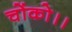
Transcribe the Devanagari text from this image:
चोंको।।